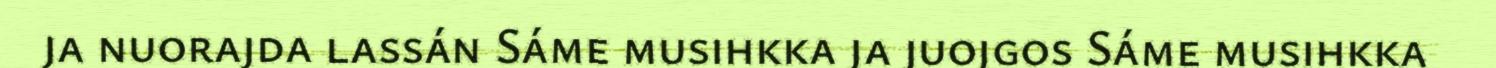
ja nuorajda lassán Sáme musihkka ja juojgos Sáme musihkka